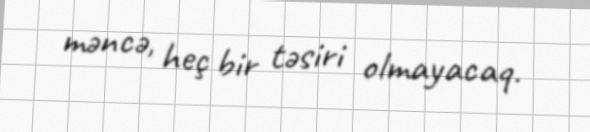
məncə, heç bir təsiri olmayacaq.